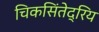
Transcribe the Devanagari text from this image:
चिकसिंतेद्रिय